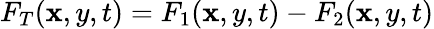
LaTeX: F_{T}(\mathbf{x},y,t)=F_{1}(\mathbf{x},y,t)-F_{2}(\mathbf{x},y,t)